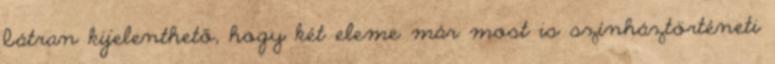
bátran kijelenthető, hogy két eleme már most is színháztörténeti